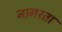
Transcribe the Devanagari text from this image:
नागरता